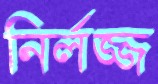
নির্লজ্জ